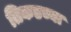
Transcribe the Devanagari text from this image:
तिकडच्या